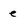
Character: e